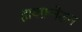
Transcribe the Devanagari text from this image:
हायफ़नेशन